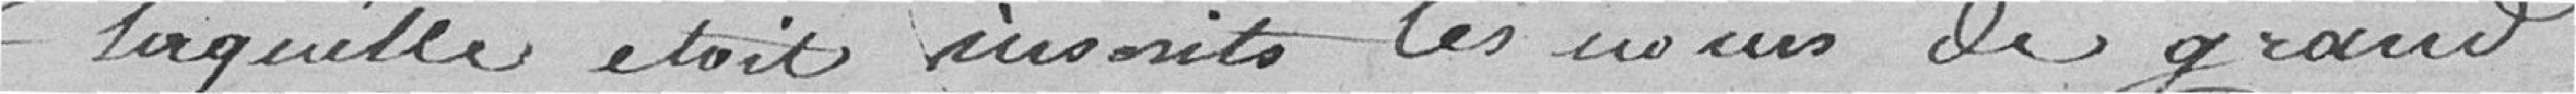
laquelle étaient inscrits les noms de grand